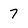
Character: 7